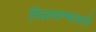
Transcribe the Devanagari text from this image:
मिळवण्यामागे